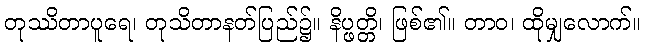
တုဿိတာပူရေ၊ တုသိတာနတ်ပြည်၌။ နိပ္ဖတ္တိ၊ ဖြစ်၏။ တာဝ၊ ထိုမျှလောက်။